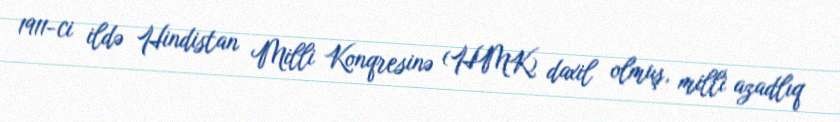
1911-ci ildə Hindistan Milli Konqresinə (HMK) daxil olmuş, milli azadlıq